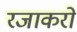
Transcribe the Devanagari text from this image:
रजाकरों